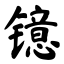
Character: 镱